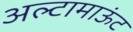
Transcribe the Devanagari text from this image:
अल्टामाऊंट